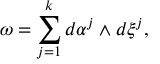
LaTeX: \omega = \sum _ { j = 1 } ^ { k } d \alpha ^ { j } \wedge d \xi ^ { j } ,